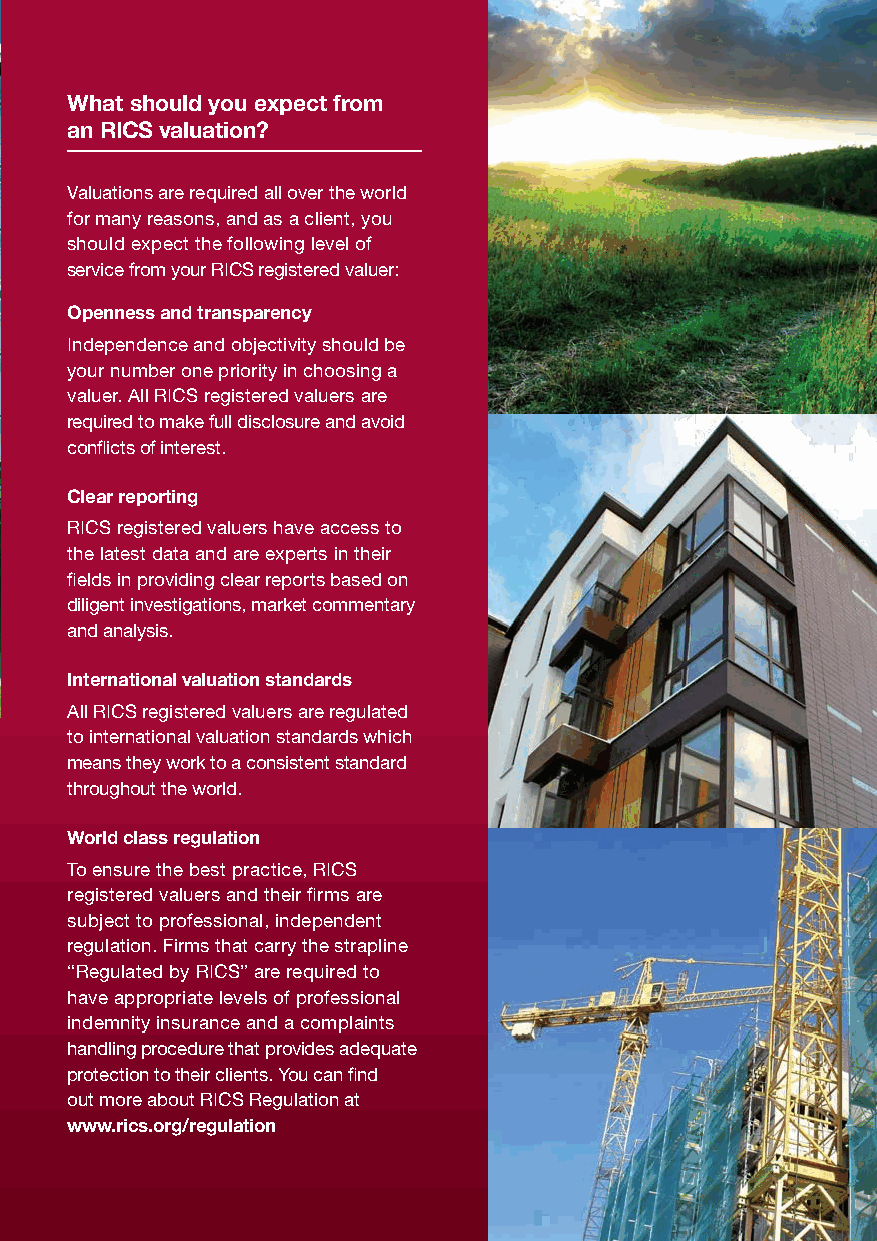
What should you expect from
 an RICS valuation?
 Valuations are required all over the world
 for many reasons, and as a client, you
 should expect the following level of
 service from your RICS registered valuer:
 Openness and transparency
 Independence and objectivity should be
 your number one priority in choosing a
 valuer. All RICS registered valuers are
 required to make full disclosure and avoid
 conflicts of interest.
 Clear reporting
 RICS registered valuers have access to
 the latest data and are experts in their
 fields in providing clear reports based on
 diligent investigations, market commentary
 and analysis.
 International valuation standards
 All RICS registered valuers are regulated
 to international valuation standards which
 means they work to a consistent standard
 throughout the world.
 World class regulation
 To ensure the best practice, RICS
 registered valuers and their firms are
 subject to professional, independent
 regulation. Firms that carry the strapline
 “Regulated by RICS” are required to
 have appropriate levels of professional
 indemnity insurance and a complaints
 handling procedure that provides adequate
 protection to their clients. You can find
 out more about RICS Regulation at
 www.rics.org/regulation